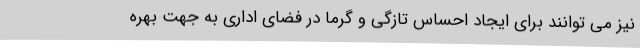
نیز می توانند برای ایجاد احساس تازگی و گرما در فضای اداری به جهت بهره